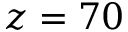
z = 7 0